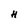
Character: H